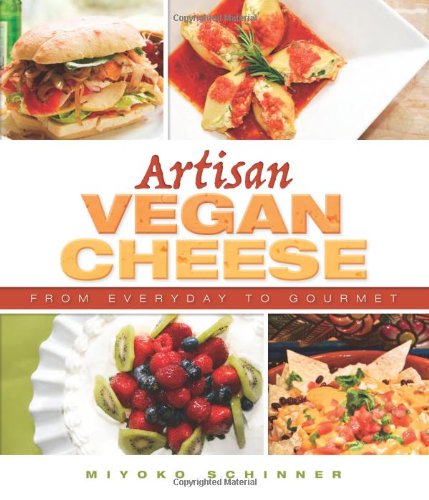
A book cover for Artisan Vegan Cheese; Miyoko Schinner; Cookbooks, Food & Wine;